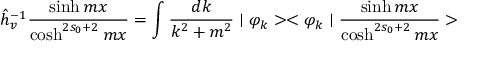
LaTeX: \hat { h } _ { v } ^ { - 1 } \frac { \sinh m x } { \cosh ^ { 2 s _ { 0 } + 2 } m x } = \int \frac { d k } { k ^ { 2 } + m ^ { 2 } } \mid \varphi _ { k } > < \varphi _ { k } \mid \frac { \sinh m x } { \cosh ^ { 2 s _ { 0 } + 2 } m x } >